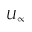
U _ { \infty }